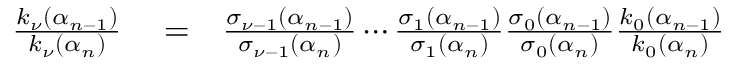
\begin{array} { r l r } { \frac { k _ { \nu } ( \alpha _ { n - 1 } ) } { k _ { \nu } ( \alpha _ { n } ) } } & { { } = } & { \frac { \sigma _ { \nu - 1 } ( \alpha _ { n - 1 } ) } { \sigma _ { \nu - 1 } ( \alpha _ { n } ) } \cdots \frac { \sigma _ { 1 } ( \alpha _ { n - 1 } ) } { \sigma _ { 1 } ( \alpha _ { n } ) } \frac { \sigma _ { 0 } ( \alpha _ { n - 1 } ) } { \sigma _ { 0 } ( \alpha _ { n } ) } \frac { k _ { 0 } ( \alpha _ { n - 1 } ) } { k _ { 0 } ( \alpha _ { n } ) } } \end{array}